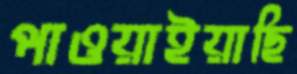
পাওয়াইয়াছি